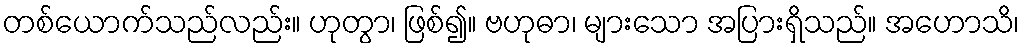
တစ်ယောက်သည်လည်း။ ဟုတွာ၊ ဖြစ်၍။ ဗဟုဓာ၊ များသော အပြားရှိသည်။ အဟောသိ၊